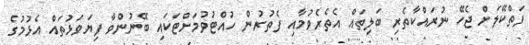
ފަތްކޭލަށް ޖެހޭ ނުރައްކާތެރި ބަލިތައް އެތެރެވުމާއި ފެތުރުން ހުއްޓުވުމަށްޓަކައި ބޭނުންވާ ފިޔަވަޅުތައް އެޅުމުގެ